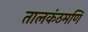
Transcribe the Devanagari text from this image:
तालकंठमणि